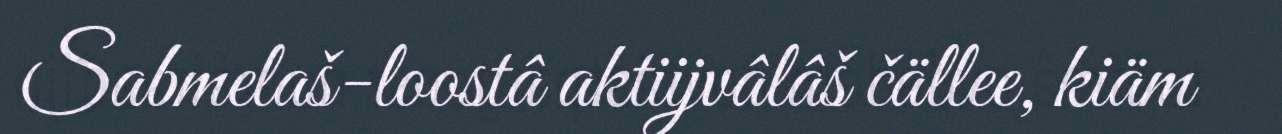
Sabmelaš-loostâ aktiijvâlâš čällee, kiäm